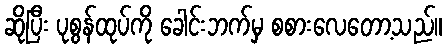
ဆိုပြီး ပုစွန်ထုပ်ကို ခေါင်းဘက်မှ စစားလေတော့သည်။